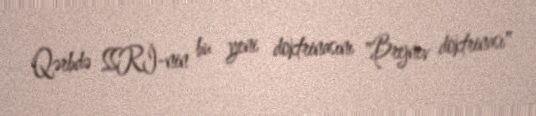
Qərbdə SSRİ-nin bu yeni doktrinasını "Brejnev doktrinası"